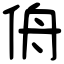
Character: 侜